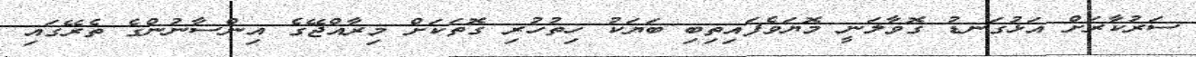
ސަރުކާރަށް އަޅުގަނޑު ގޮވާލަނީ މޮޔަވެފައިތިބި ބަޔަކު ހިތުހުރި ގޮތަކަށް މިރާއްޖޭގެ އިންސާނުންގެ ތެރޭގައި